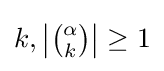
{\textstyle k,\left|{\alpha  \choose k}\right|\geq 1}